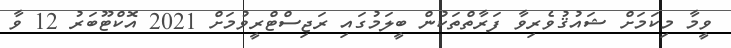
ވީމާ މިކަމަށް ޝައުޤުވެރިވާ ފަރާތްތަކުން ބީލަމުގައި ރަޖިސްޓްރީވުމަށް 2021 އޮކްޓޫބަރު 12 ވާ